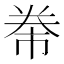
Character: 𭑖